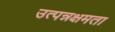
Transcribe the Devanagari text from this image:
उत्पन्नक्षमता